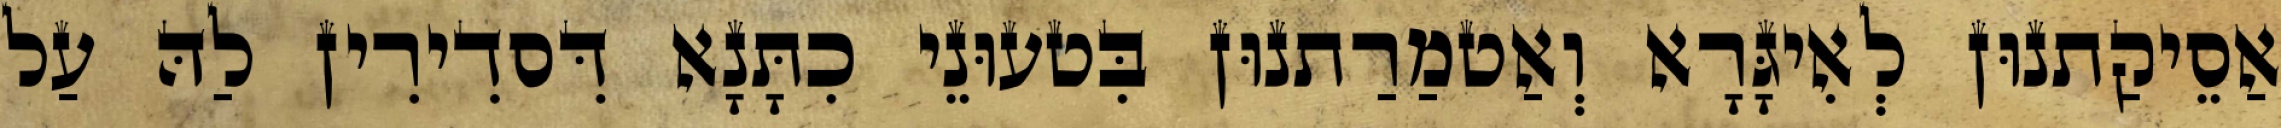
אַסֵיקַתנוּן לְאִיגָּרָא וְאַטמַרַתנוּן בִּטעוּנֵי כִתָּנָא דִּסדִירִין לַהּ עַל